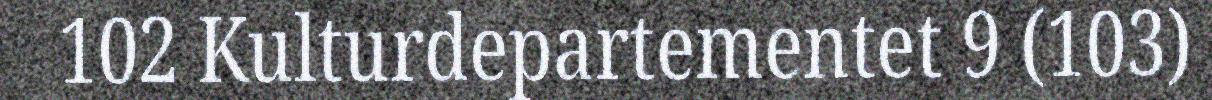
102 Kulturdepartementet 9 (103)